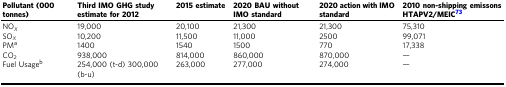
| Pollutant (000 tonnes) | Third IMO GHG study estimate for 2012 | 2015 estimate | 2020 BAU without IMO standard | 2020 action with IMO standard | 2010 non-shipping emissons HTAPV2/MEIC73 |
 | --- | --- | --- | --- | --- | --- |
 | NOX | 19,000 | 20,100 | 21,300 | 21,300 | 75,310 |
 | SOX | 10,200 | 11,500 | 11,000 | 2500 | 99,071 |
 | PMa | 1400 | 1540 | 1500 | 770 | 17,338 |
 | CO2 | 938,000 | 814,000 | 860,000 | 870,000 | — |
 | Fuel Usageb | 254,000 (t-d) 300,000 (b-u) | 263,000 | 277,000 | 274,000 | — |